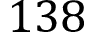
1 3 8